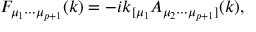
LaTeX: F _ { { \mu } _ { 1 } { \cdots } { \mu } _ { p + 1 } } ( k ) = - i k _ { [ { \mu } _ { 1 } } A _ { { \mu } _ { 2 } { \cdots } { \mu } _ { p + 1 } ] } ( k ) ,